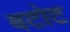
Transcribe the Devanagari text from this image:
बटोट